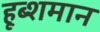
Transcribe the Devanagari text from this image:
हूब्शमान